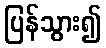
ပြန်သွား၍